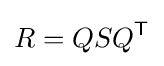
R=QSQ^{\textsf {T}}